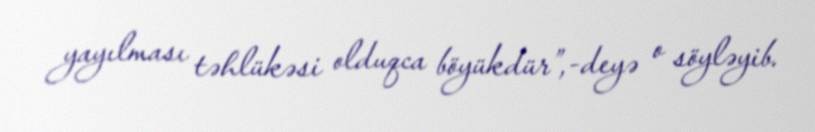
yayılması təhlükəsi olduqca böyükdür”,-deyə o söyləyib.